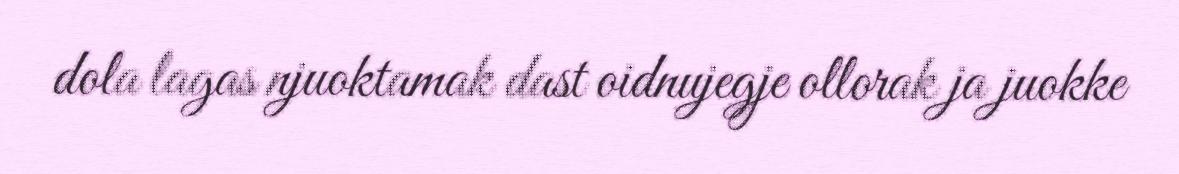
dola lagas njuoktamak dast oidnujegje ollorak ja juokke